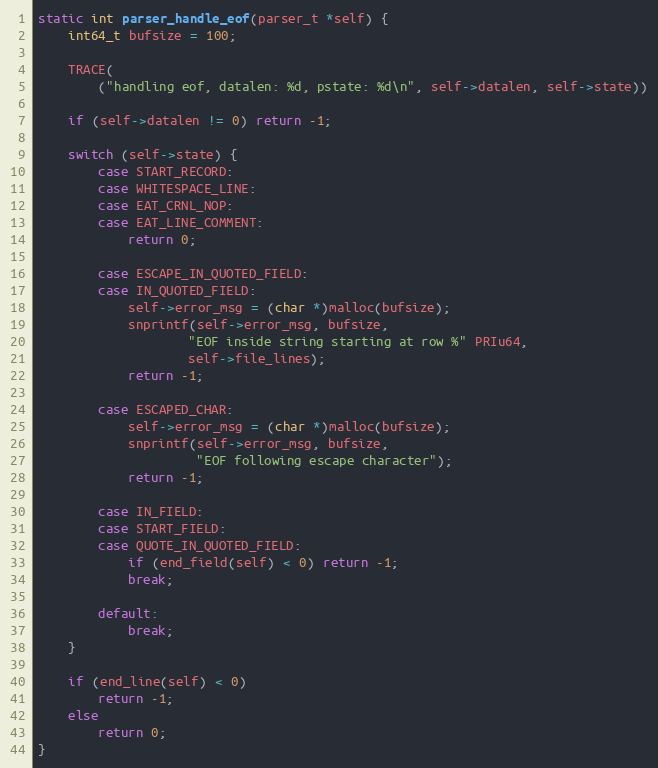
Language: C
static int parser_handle_eof(parser_t *self) {
    int64_t bufsize = 100;

    TRACE(
        ("handling eof, datalen: %d, pstate: %d\n", self->datalen, self->state))

    if (self->datalen != 0) return -1;

    switch (self->state) {
        case START_RECORD:
        case WHITESPACE_LINE:
        case EAT_CRNL_NOP:
        case EAT_LINE_COMMENT:
            return 0;

        case ESCAPE_IN_QUOTED_FIELD:
        case IN_QUOTED_FIELD:
            self->error_msg = (char *)malloc(bufsize);
            snprintf(self->error_msg, bufsize,
                    "EOF inside string starting at row %" PRIu64,
                    self->file_lines);
            return -1;

        case ESCAPED_CHAR:
            self->error_msg = (char *)malloc(bufsize);
            snprintf(self->error_msg, bufsize,
                     "EOF following escape character");
            return -1;

        case IN_FIELD:
        case START_FIELD:
        case QUOTE_IN_QUOTED_FIELD:
            if (end_field(self) < 0) return -1;
            break;

        default:
            break;
    }

    if (end_line(self) < 0)
        return -1;
    else
        return 0;
}